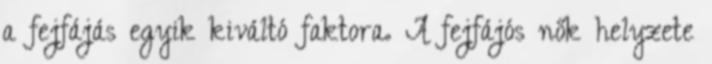
a fejfájás egyik kiváltó faktora. A fejfájós nők helyzete